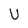
Character: U